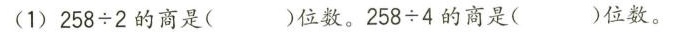
(1)$$2 5 8 \div 2$$的商是( )位数。$$2 5 8 \div 4$$的商是( )位数。